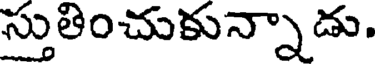
స్తుతించుకున్నాడు.